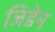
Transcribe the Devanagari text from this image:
जिडेन